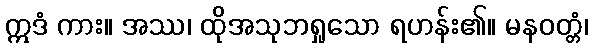
ဣဒံ ကား။ အဿ၊ ထိုအသုဘရှုသော ရဟန်း၏။ မနဝတ္တံ၊